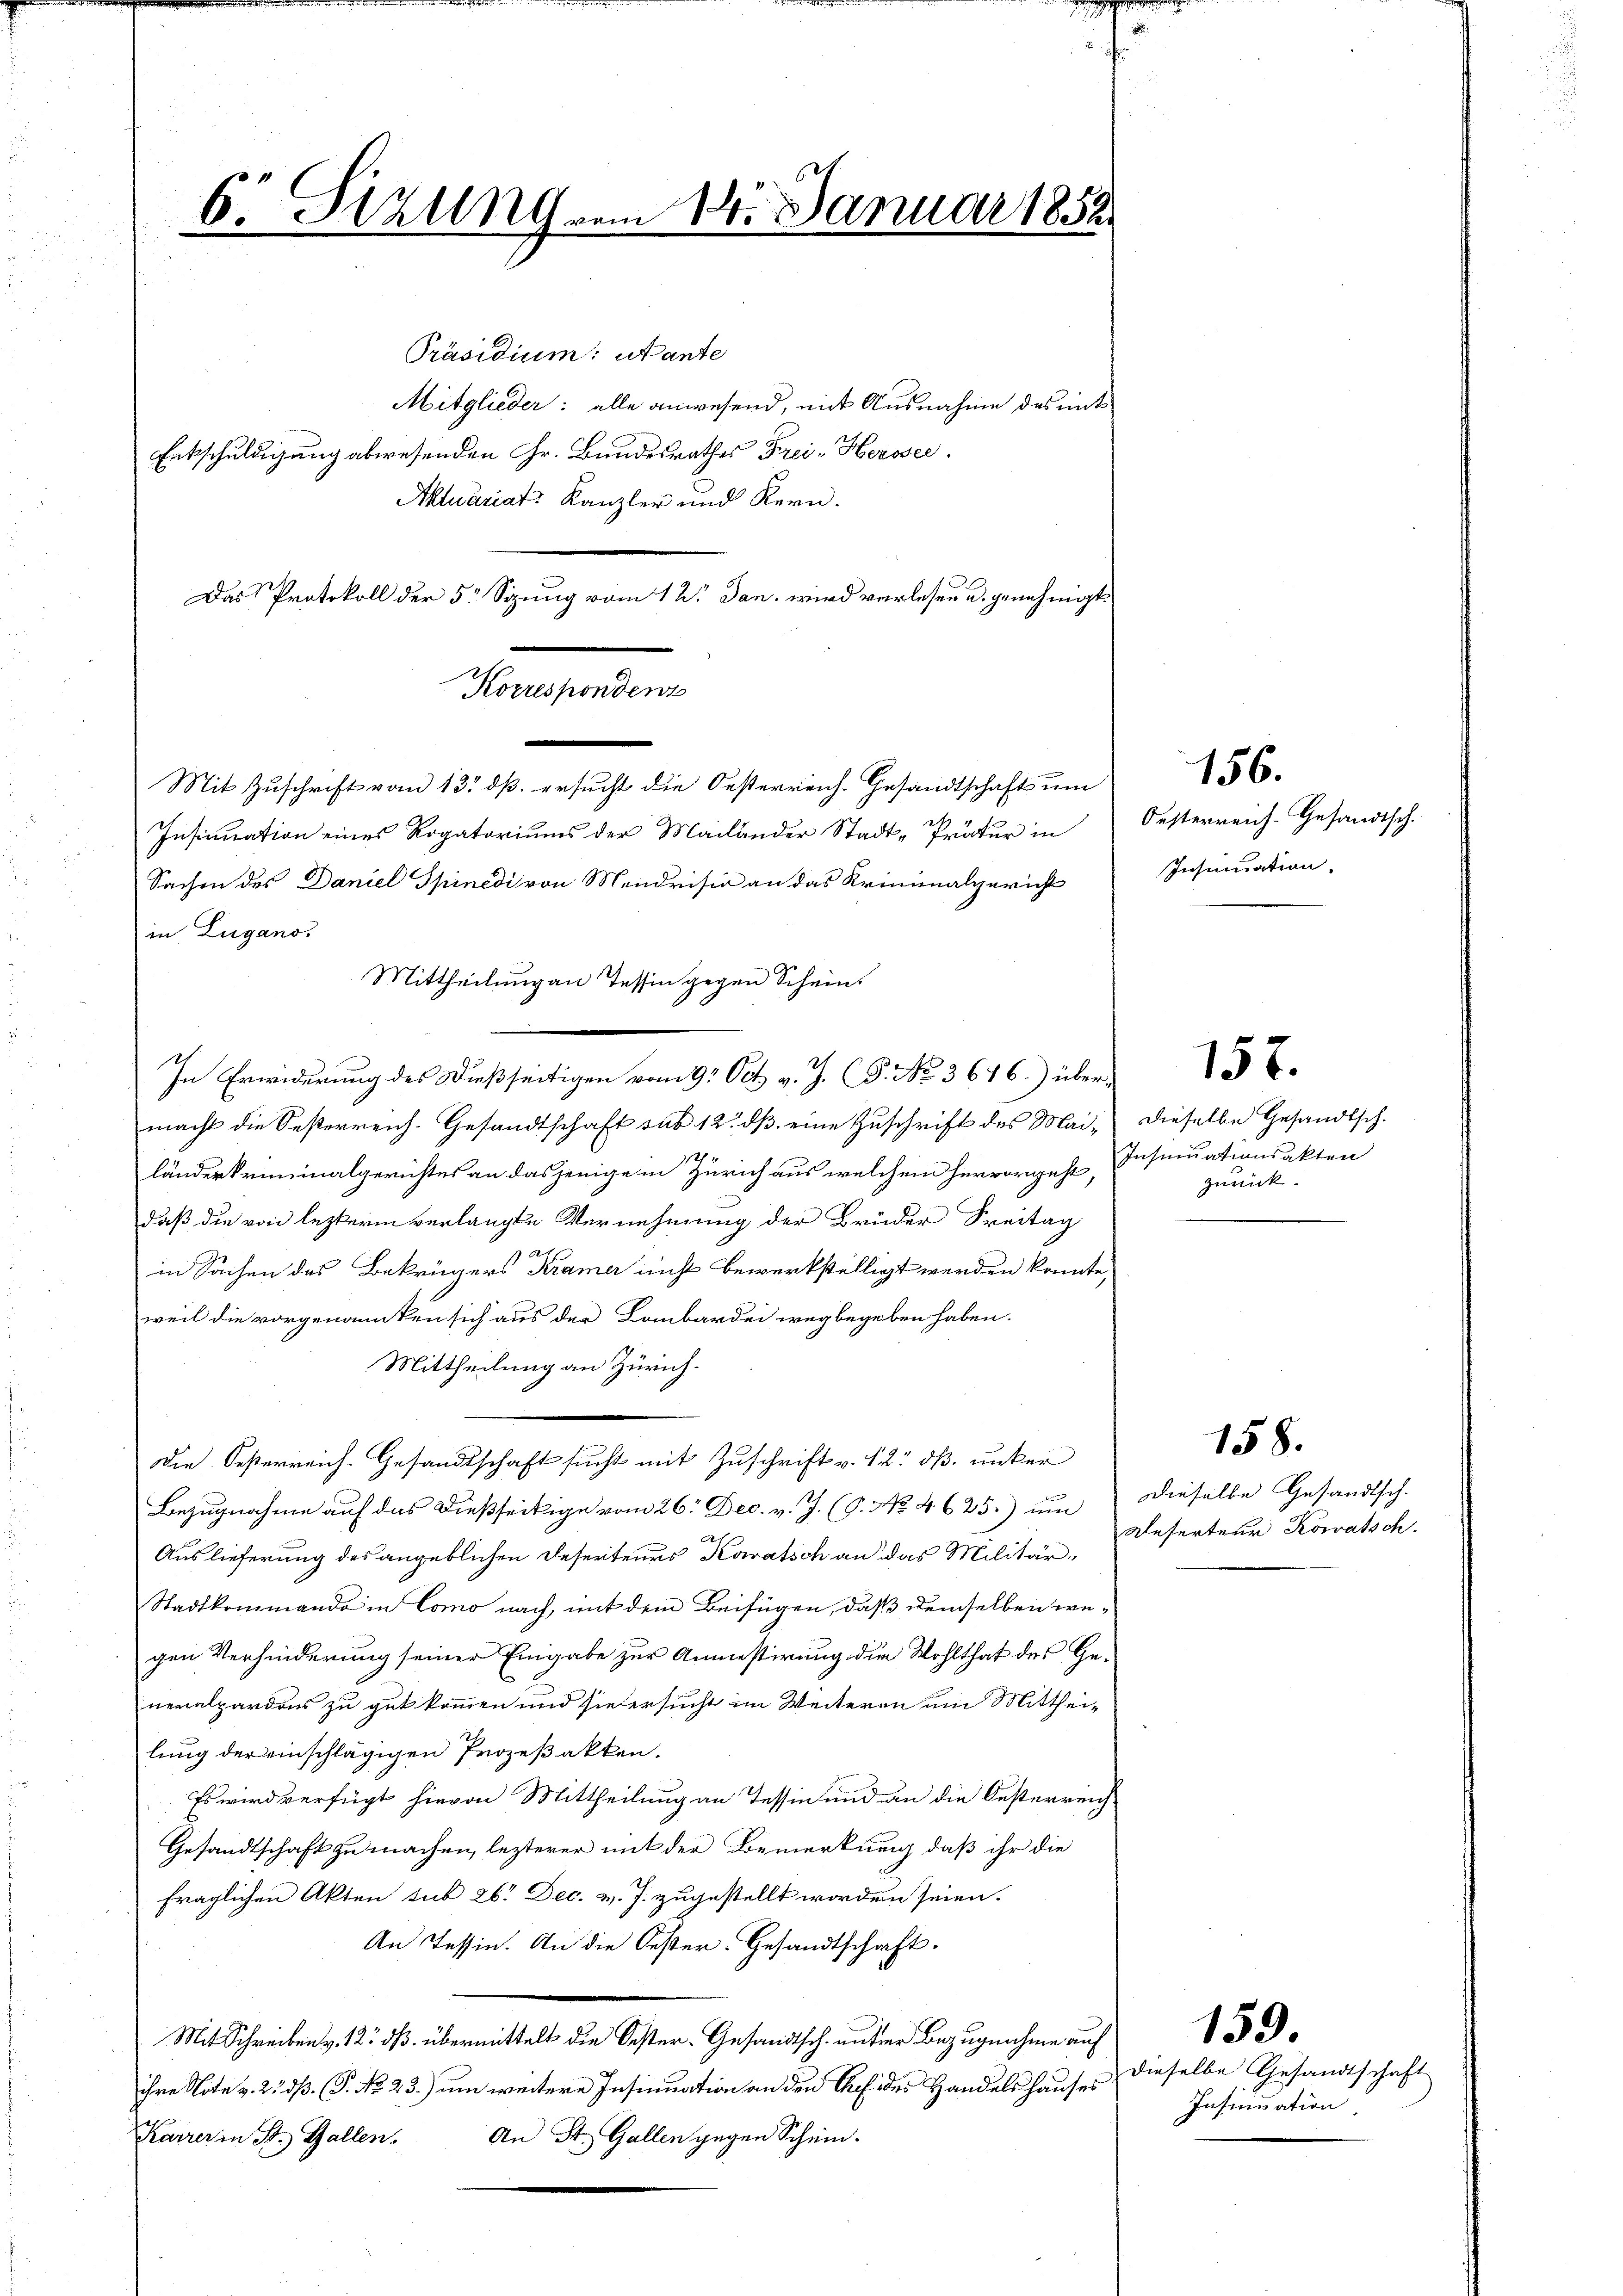
6. Sitzung vom 10. Januar 1852.

Präsidium: ut ante
Mitglieder: alle anwesend, mit Ausnahme des mit
Entschuldigung abwesenden Gr. Bundesrathes Frei-Heisse
Aktuariat Kanzler und Kern.
Das Protokoll der 5 Sizung vom 12. Jan. wird verlesen u. genehmigt.
Insinuation eines Rogatoriums der Mailander Stadt-Trätur in
Sachen des Daniel Spinedi von Mendrisia an das Kriminalgericht
in Lugano.
Mittheilung an Tessin gegen Scheins
In Erwiderung des Dießseitigen vom 9. Oct. v. J. (T. No. 3616.) übermacht die Oesterreich. Gesandtschaft sub 12. dß eine Zuschrift des Mailänderkriminalgerichtes an dasjenige in Zürich aus welchem hervorgeht,
daß die von lezterm verlangte Vernehmung der Brüder Freitag
in Sachen des Bekrügers Kramer nicht bewerkstelligt werden könnte,
weil die vorgenannten sich aus der Lombardei wegbegeben haben.
Mittheilung an Zürich.
Die Oesterreich-Gesandtschaft sucht mit Zuschrift v. 12. dß. unter
Bezugnahme auf das dießseitige vom 26. Dec. v. J. (T. No. 4625.) um
Auslieferung des angeblichen Deserteurs Korratsch an das Militär¬
Stadtkommando in Como nach, mit dem Beifügen, daß demselben wegen Verhinderung seiner Eingabe zur Anmestirung die Wohlthat des Generalpardons zu gut kommen und sie ersucht im Weiteren um Mitthei-
lung der einschlägigen Prozeßakten.
Es wird verfügt hievon Mittheilung an Tessin und an die Oesterreich¬
Gesandtschaft zu machen, lezterer mit der Bemerkung, daß ihr die
fraglichen Akten sub 26. Dec. v. J. zugestellt worden seien.
An Tessin. An die Oester. Gesandtschaft.
Mit Schreiben v. 12. ds. übermittelt die Oester-Gesandtsch. unter Bezugnahme auf
ihre Note v. 2. dß. (P. No 23.) um weitere Insinuation an den Chef des Handelshauses
Karrer in St. Gallen. An St. Gallen gegen Schein-

Korrespondenz
e
m

Mit Zuschrift vom 13. ds. ersucht die Oesterreich-Gesandtschaft um

Oesterreich-Gesandtsch.
Insinuation.

156.

157.

dieselbe Gesandtsch.
Insinuationsakten
zurück.

158.
dieselbe Gesandtsch.
Deserteur Kowatsch.

dieselbe Gesandtschaft
Insinuation

159.